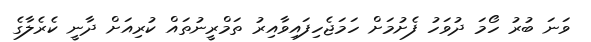
ވަނަ ބުރު ހޯމަ ދުވަހު ފެށުމަށް ހަމަޖެހިފައިވާއިރު ތަމްރީނުތައް ކުރިއަށް ދާނީ ކެރެލާގެ